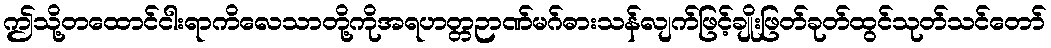
ဤသို့တထောင်ငါးရာကိလေသာတို့ကိုအရဟတ္တဉာဏ်မဂ်ဓားသန်လျက်ဖြင့်ချိုးဖြတ်ခုတ်ထွင်သုတ်သင်တော်